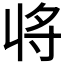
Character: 𭔬